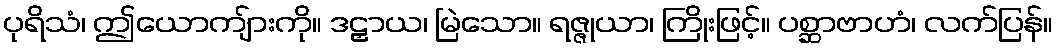
ပုရိသံ၊ ဤယောကျ်ားကို။ ဒဠှာယ၊ မြဲသော။ ရဇ္ဇုယာ၊ ကြိုးဖြင့်။ ပစ္ဆာဗာဟံ၊ လက်ပြန်။